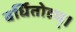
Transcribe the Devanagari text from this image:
वर्धितोहम्।